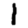
Digit: 1